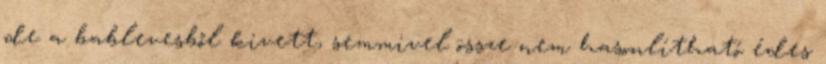
de a bablevesből kivett, semmivel össze nem hasonlítható édes